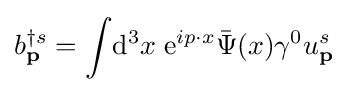
b_{\textbf {p}}^{\dagger s}=\int \!\mathrm {d} ^{3}x\;\mathrm {e} ^{ip\cdot x}{\bar {\Psi }}(x)\gamma ^{0}u_{\textbf {p}}^{s}